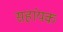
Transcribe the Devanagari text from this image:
सहांयक